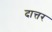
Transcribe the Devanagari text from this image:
दात्तर